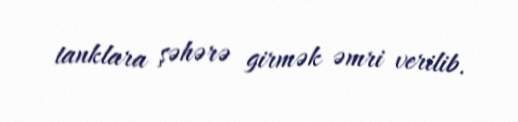
tanklara şəhərə girmək əmri verilib.